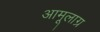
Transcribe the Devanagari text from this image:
अामूलाग्र